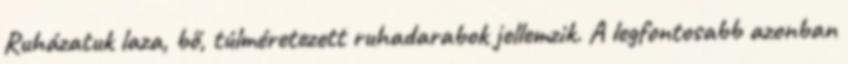
Ruházatuk laza, bő, túlméretezett ruhadarabok jellemzik. A legfontosabb azonban